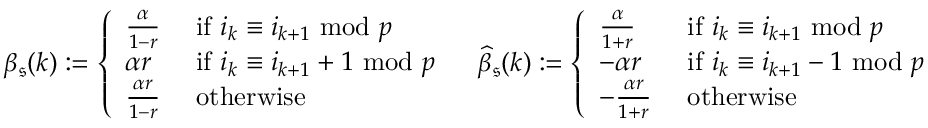
\begin{array} { r l r } & { \beta _ { \mathfrak { s } } ( k ) : = \left\{ \begin{array} { l l } { \frac { \alpha } { 1 - r } } & { \mathrm { ~ i f ~ } i _ { k } \equiv i _ { k + 1 } \, \, \mathrm { m o d } \, \, p } \\ { \alpha r } & { \mathrm { ~ i f ~ } i _ { k } \equiv i _ { k + 1 } + 1 \, \, \mathrm { m o d } \, \, p } \\ { \frac { \alpha r } { 1 - r } } & { \mathrm { ~ o t h e r w i s e ~ } } \end{array} \right. } & { \widehat { \beta } _ { \mathfrak { s } } ( k ) : = \left\{ \begin{array} { l l } { \frac { \alpha } { 1 + r } } & { \mathrm { ~ i f ~ } i _ { k } \equiv i _ { k + 1 } \, \, \mathrm { m o d } \, \, p } \\ { - \alpha r } & { \mathrm { ~ i f ~ } i _ { k } \equiv i _ { k + 1 } - 1 \, \, \mathrm { m o d } \, \, p } \\ { - \frac { \alpha r } { 1 + r } } & { \mathrm { ~ o t h e r w i s e ~ } } \end{array} \right. } \end{array}